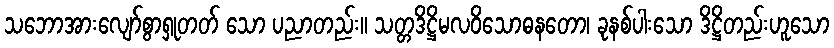
သဘောအားလျော်စွာရှုတတ် သော ပညာတည်း။ သတ္တဒိဋ္ဌိမလဝိသောဓနတော၊ ခုနစ်ပါးသော ဒိဋ္ဌိတည်းဟူသော